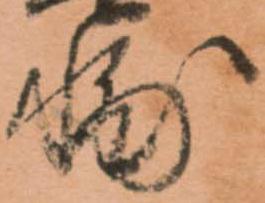
輔